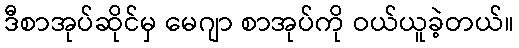
ဒီစာအုပ်ဆိုင်မှ မေဂျာ စာအုပ်ကို ဝယ်ယူခဲ့တယ်။